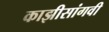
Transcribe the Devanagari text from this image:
काझीसांगवी